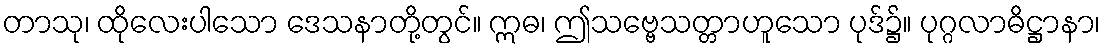
တာသု၊ ထိုလေးပါသော ဒေသနာတို့တွင်။ ဣဓ၊ ဤသဗ္ဗေသတ္တာဟူသော ပုဒ်၌။ ပုဂ္ဂလာဓိဋ္ဌာနာ၊